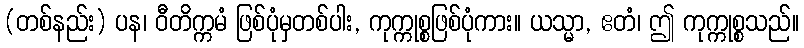
(တစ်နည်း) ပန၊ ဝီတိက္ကမံ ဖြစ်ပုံမှတစ်ပါး, ကုက္ကုစ္စဖြစ်ပုံကား။ ယသ္မာ, ဧတံ၊ ဤ ကုက္ကုစ္စသည်။